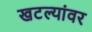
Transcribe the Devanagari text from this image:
खटल्यांवर